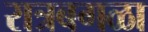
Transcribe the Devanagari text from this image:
रात्रबगळा